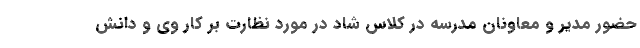
حضور مدیر و معاونان مدرسه در کلاس شاد در مورد نظارت بر کار وی و دانش